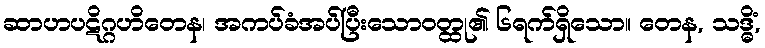
ဆာဟပဋိဂ္ဂဟိတေန၊ အကပ်ခံအပ်ပြီးသောဝတ္ထု၏ ၆ရက်ရှိသော။ တေန, သဒ္ဓိံ,